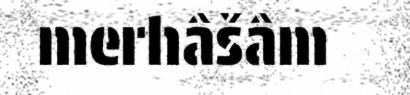
merhâšâm